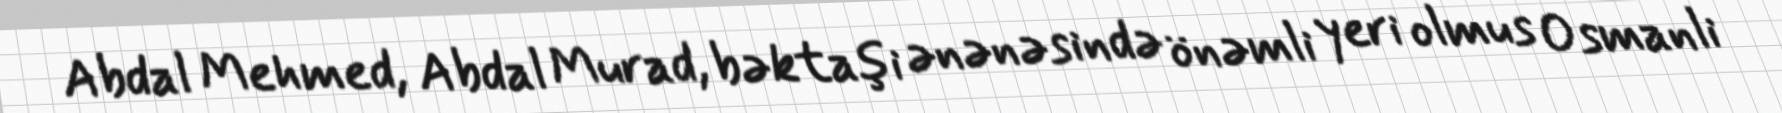
Abdal Mehmed, Abdal Murad, bəktaşi ənənəsində önəmli yeri olmus Osmanli